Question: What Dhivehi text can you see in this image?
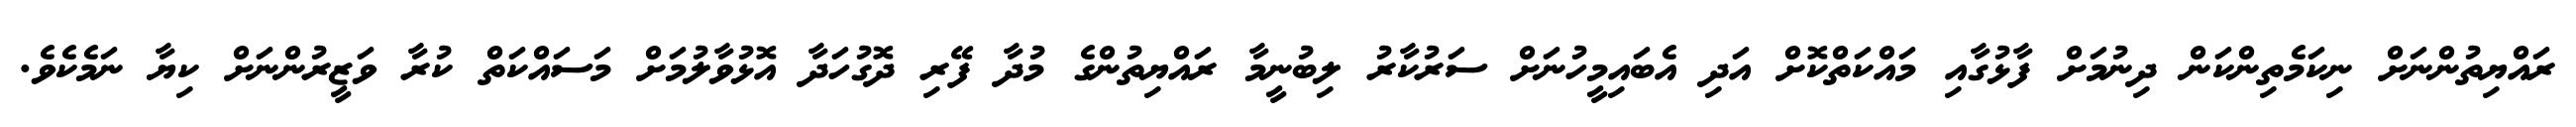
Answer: ރައްޔިތުންނަށް ނިކަމެތިންކަން ދިނުމަށް ފާޅުގާއި މައްކަތްކޮށް އަދި އެބައިމީހުނަށް ސަރުކާރު ލިބުނީމާ ރައްޔިތުންގެ މުދާ ފޭރި ދޮގުހަދާ އޮޅުވާލުމަށް މަސައްކަތް ކުރާ ވަޒީރުންނަށް ކިޔާ ނަމެކެވެ.